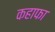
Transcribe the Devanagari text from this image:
कहाफा